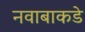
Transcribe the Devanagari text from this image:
नवाबाकडे